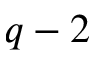
q - 2